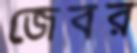
জেবর